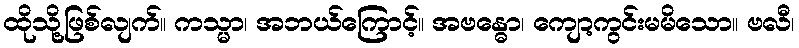
ထိုသို့ဖြစ်လျက်။ ကသ္မာ၊ အဘယ်ကြောင့်။ အဗန္ဓော၊ ကျော့ကွင်းမမိသော။ ဗလီ၊